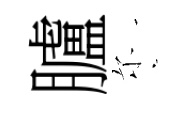
臚尓